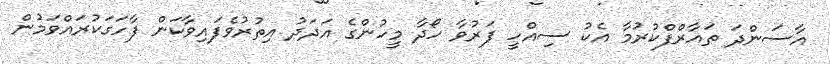
އާސަންދަ ތައާރްފްކުރުމާ އެކު ސިއްހީ ފަރުވާ ހޯދާ މީހުންގެ އަދަދު އިތުރުވެފައިވާކަން ފާހަގަކުރައްވަމުން